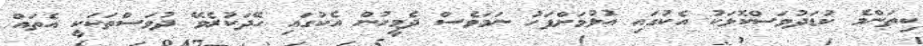
ކިތަންމެ ކުޑަދުވަސްކޮޅަކު އެކުގައި އުޅުމަށްފަހު ނަމަވެސް ދެމީހުން އެކުގައި ހޭދަކުރެވޭ ދުވަސްތަކަކީ އެތައް